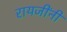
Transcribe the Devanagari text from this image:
रायजींनी